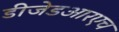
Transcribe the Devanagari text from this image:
डीजेडआरएच